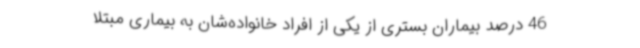
46 درصد بیماران بستری از یکی از افراد خانواده‌شان به بیماری مبتلا